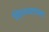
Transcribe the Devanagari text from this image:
शिल्पशाला